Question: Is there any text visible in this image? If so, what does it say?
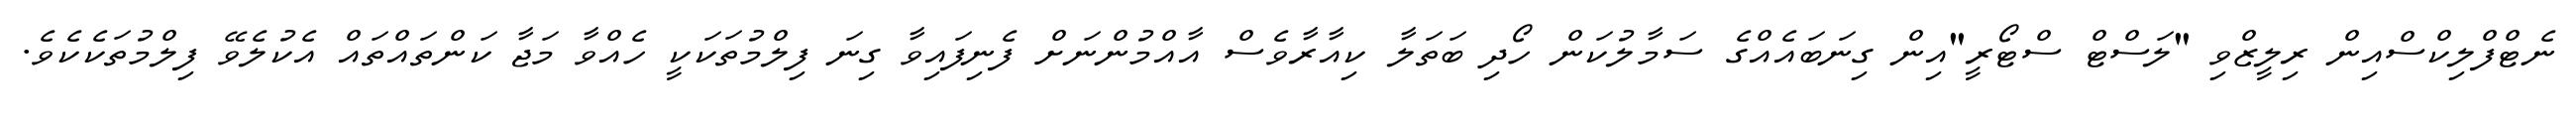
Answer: ނެޓްފްލިކްސްއިން ރިލީޒްވި "ލަސްޓް ސްޓޯރީ"އިން ގިނަބައެއްގެ ސަމާލުކަން ހޯދި ބަތަލާ ކިއާރާވެސް އާއްމުންނަށް ފެނިފައިވާ ގިނަ ފިލްމުތަކަކީ ހެއްވާ މަޖާ ކަންތައްތައް އެކުލެވޭ ފިލްމުތަކެކެވެ.